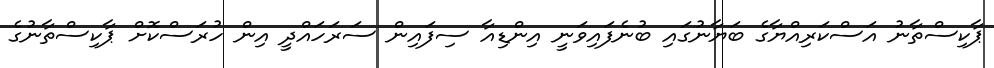
ޕާކިސްތާނު އަސްކަރިއްޔާގެ ބަޔާނުގައި ބުނެފައިވަނީ އިންޑިއާ ސިފައިން ސަރަހައްދީ އިން ހުރަސްކޮށް ޕާކިސްތާނުގެ